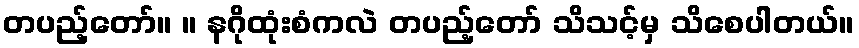
တပည့်တော်။ ။ နဂိုထုံးစံကလဲ တပည့်တော် သိသင့်မှ သိစေပါတယ်။